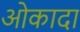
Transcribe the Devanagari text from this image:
ओकादा